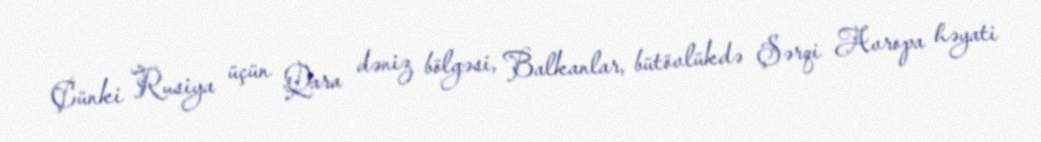
Çünki Rusiya üçün Qara dəniz bölgəsi, Balkanlar, bütövlükdə Şərqi Avropa həyati